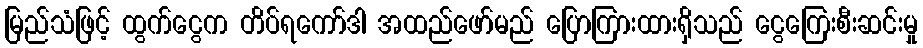
မြည်သံဖြင့် ထွက်ငွေက တိပ်ရကော်ဒါ အထည်ဖော်မည် ပြောကြားထားရှိသည် ငွေကြေးစီးဆင်းမှု